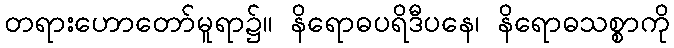
တရားဟောတော်မူရာ၌။ နိရောဓပရိဒီပနေ၊ နိရောဓသစ္စာကို